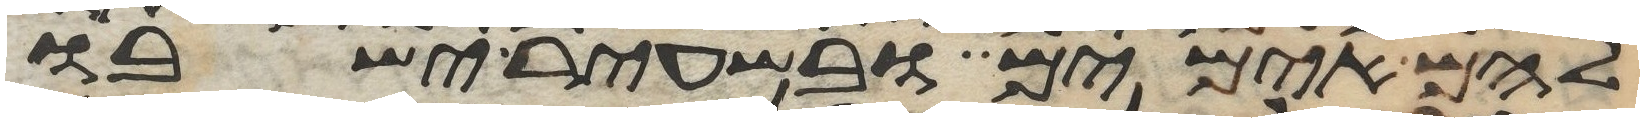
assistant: להם אימים ובשעיר ישבו